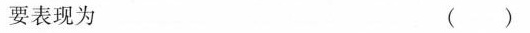
要表现为 ()